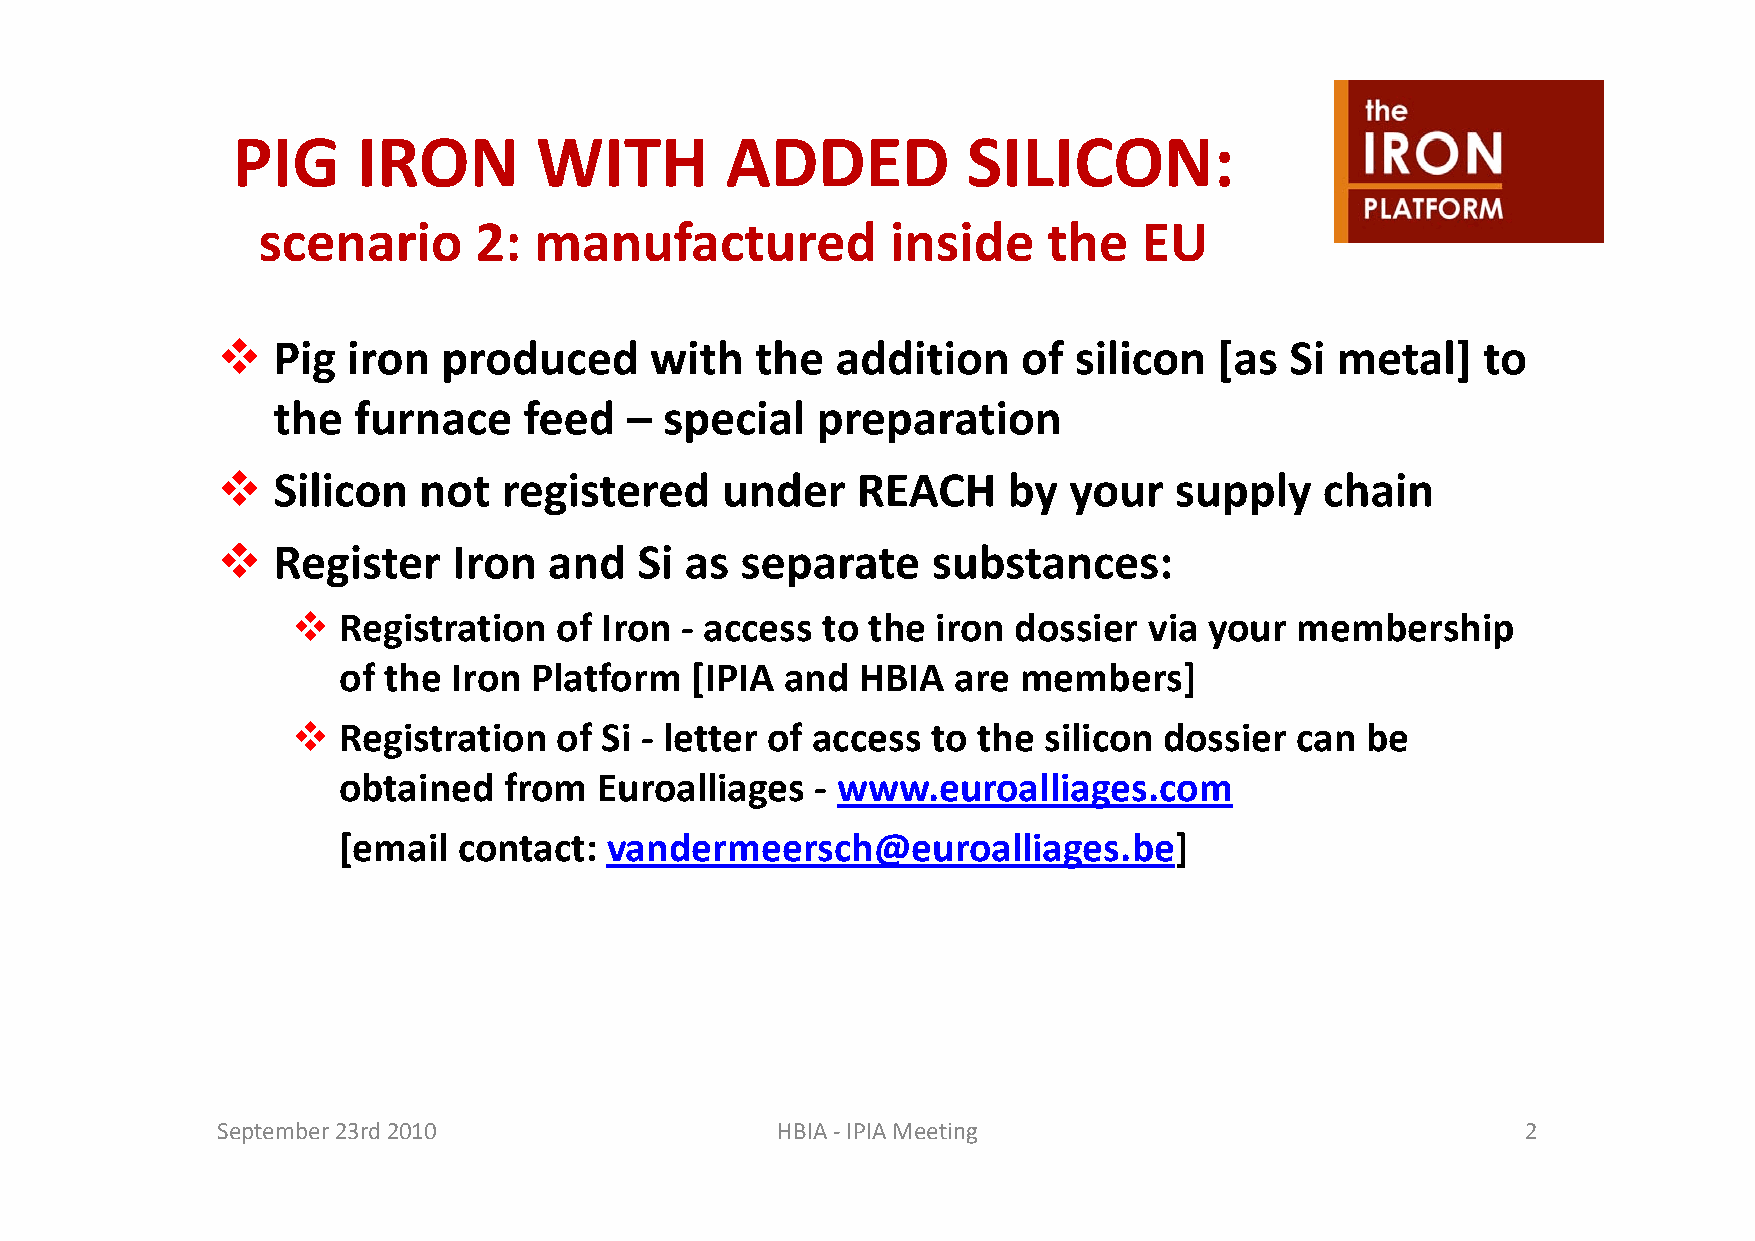
PIG      IRON       WITH         ADDED           SILICON:
 scenario      2:  manufactured            inside    the    EU
   Pig  iron  produced      with   the  addition     of silicon   [as Si metal]    to
 the  furnace     feed  –  special   preparation
   SSiilliicon nott regiistteredd undder  RREEAACCHH bby your  supplly   chhaiin
    Register    Iron  and   Si as  separate     substances:
  RRegiisttrattiion off IIron ‐ access tto tthhe iiron ddossiier viia your membbershhiip
 of the  Iron Platform   [IPIA and  HBIA  are members]
   Registration   of Si ‐ letter of access to the silicon dossier  can be
 obtained   from  Euroalliages   ‐ www.euroalliages.com
 [email  contact:  vandermeersch@euroalliages.be]
 September 23rd 2010                  HBIA ‐IPIA Meeting                                2